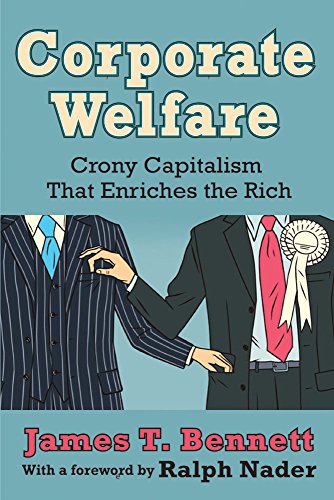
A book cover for Corporate Welfare: Crony Capitalism That Enriches the Rich; James T. Bennett; Business & Money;